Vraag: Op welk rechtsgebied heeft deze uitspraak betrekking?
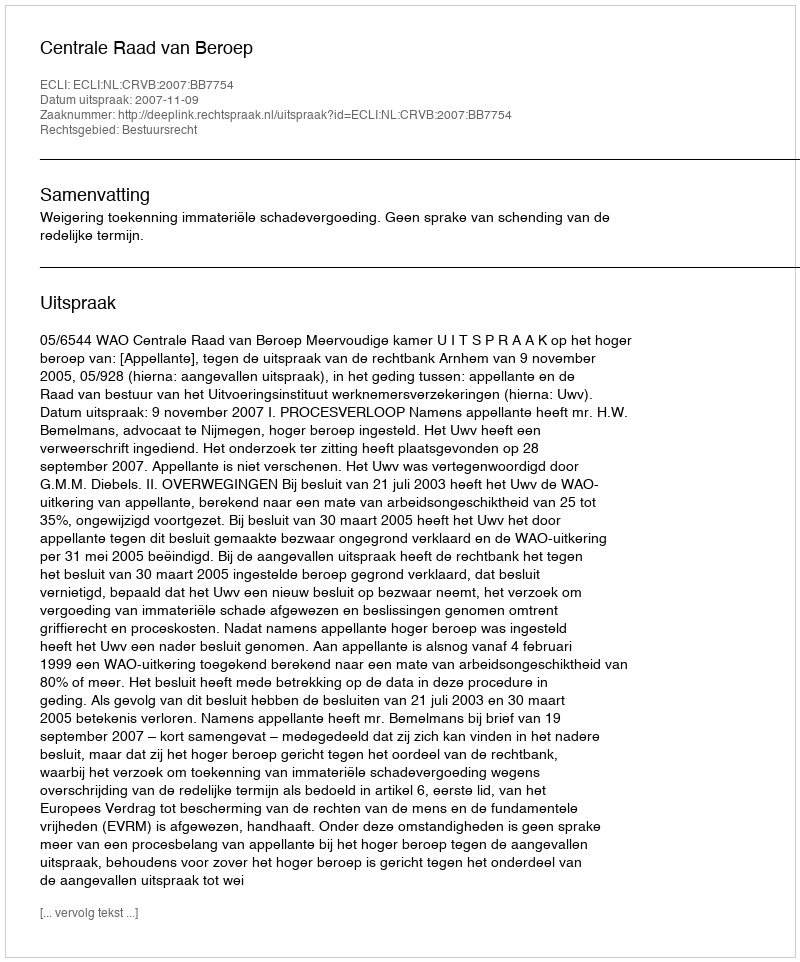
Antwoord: Bestuursrecht